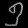
Digit: ၅